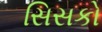
સિસકો